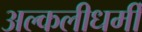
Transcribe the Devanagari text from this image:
अल्कलीधर्मी